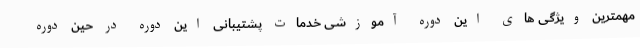
مهمترین ویژگی های این دوره آموزشی خدمات پشتیبانی این دوره در حین دوره